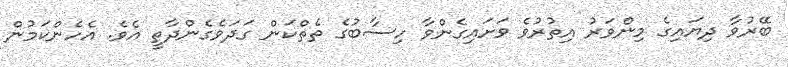
ބޭރުވާ ދިޔައިގެ މިންވަރު އިތުރުވެ ވަށައިގެންވާ ހިސާބުގެ ތެތްކަން ގަދަވެގެންދާތީ އެވެ. އެހެންކަމުން